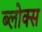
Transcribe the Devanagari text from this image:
ब्लोक्स